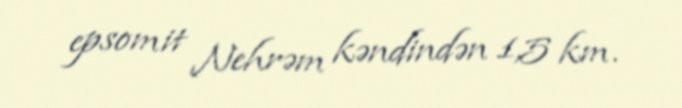
epsomit Nehrəm kəndindən 1,5 km.